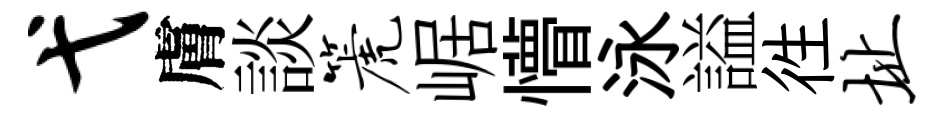
弋膚談篪崌懵泳謚徃址